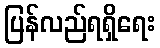
ပြန်လည်ရရှိရေး